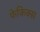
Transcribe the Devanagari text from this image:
फेकिक्स